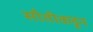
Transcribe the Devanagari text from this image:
सौतीकडून